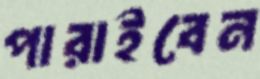
পারাইবেন